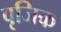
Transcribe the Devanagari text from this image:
वृजिक